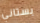
بستاني